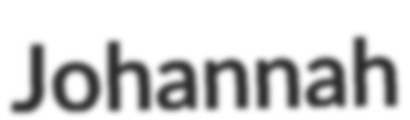
Johannah